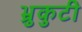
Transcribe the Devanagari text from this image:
भ्रुकुटी